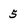
Character: 5